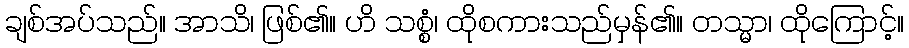
ချစ်အပ်သည်။ အာသိ၊ ဖြစ်၏။ ဟိ သစ္စံ၊ ထိုစကားသည်မှန်၏။ တသ္မာ၊ ထိုကြောင့်။